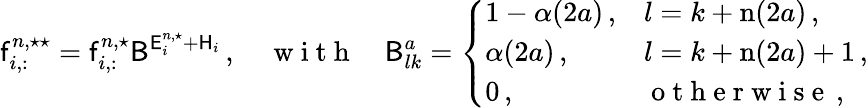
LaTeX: \mathsf{f}_{i,:}^{n,\star\star}=\mathsf{f}_{i,:}^{n,\star}\mathsf{B}^{\mathsf{E}_{i}^{n,\star}+\mathsf{H}_{i}}\, ,\quad\mathrm{~w~i~t~h~}\quad\mathsf{B}_{lk}^{a}=\left\{ \begin{array}{ll}{1-\alpha(2a)\, ,}&{l=k+\mathrm{n}(2a)\, ,}\\ {\alpha(2a)\, ,}&{l=k+\mathrm{n}(2a)+1\, ,}\\ {0\, ,}&{\mathrm{~o~t~h~e~r~w~i~s~e~}\, ,}\end{array}\right.